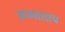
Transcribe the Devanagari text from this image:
ऊष्माताप